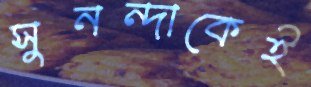
সুনন্দাকেই